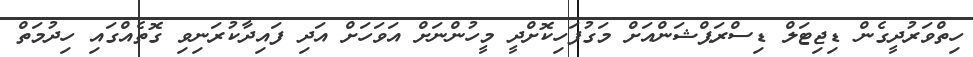
ހިތްވަރުދީގެން ޑިޖިޓަލް ޑިސްރަޕްޝަންއަށް މަގުފަހިކޮށްދީ މީހުންނަށް އަވަހަށް އަދި ފައިދާކުރަނިވި ގޮތެއްގައި ހިދުމަތް